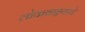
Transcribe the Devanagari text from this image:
लोकवाङ्मयाचे